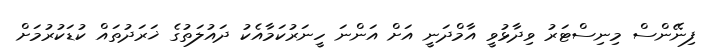
ފިނޭންސް މިނިސްޓަރު ވިދާޅުވީ އާމްދަނީ އަށް އަންނަ ހީނަރުކަމާއެކު ދައުލަތުގެ ޚަރަދުތައް ކުޑަކުރުމަށް